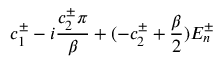
c _ { 1 } ^ { \pm } - i \frac { c _ { 2 } ^ { \pm } \pi } { \beta } + ( - c _ { 2 } ^ { \pm } + \frac { \beta } { 2 } ) E _ { n } ^ { \pm }